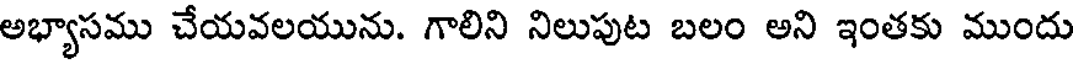
అభ్యాసము చేయవలయును. గాలిని నిలుపుట బలం అని ఇంతకు ముందు